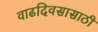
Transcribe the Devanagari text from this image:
वाढदिवसासाठी